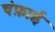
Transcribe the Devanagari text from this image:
चंफ़ाई